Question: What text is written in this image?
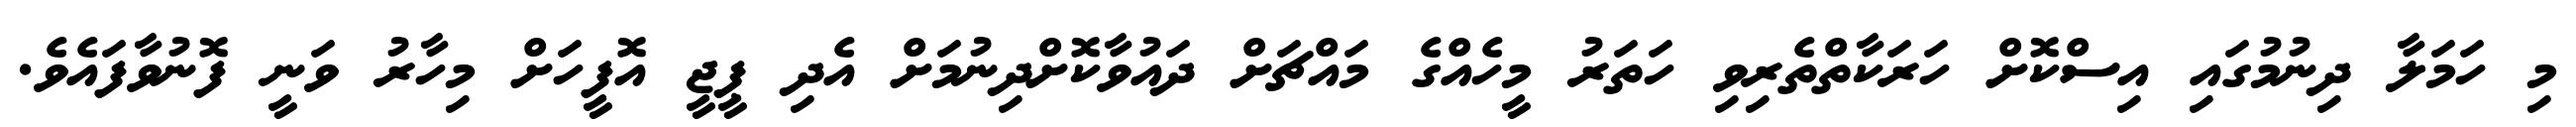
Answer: މި ހަމަލާ ދިނުމުގައި އިސްކޮށް ހަރަކާތްތެރިވި ހަތަރު މީހެއްގެ މައްޗަށް ދައުވާކޮށްދިނުމަށް އެދި ޕީޖީ އޮފީހަށް މިހާރު ވަނީ ފޮނުވާފައެވެ.